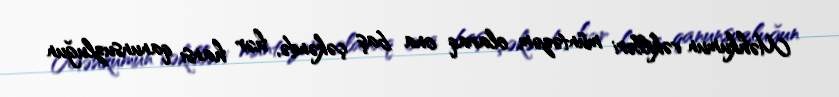
Məhkumun vəkilləri müntəzəm olaraq ona baş çəkəndə, hər hansı qanunsuzluğun